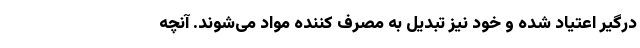
درگیر اعتیاد شده و خود نیز تبدیل به مصرف کننده مواد می‌شوند. آنچه